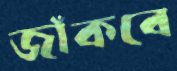
জাঁকবে